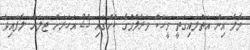
މާލެ އިން އަތުލައިގަތީ މީހަކު މަރާލުމުގެ ކުށުގައި 25 އަހަރަށް ޖަލަށް ލާފައިވާ